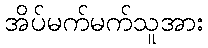
အိပ်မက်မက်သူအား